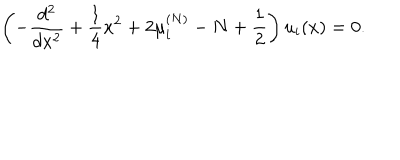
\left( - { \frac { d ^ { 2 } } { d x ^ { 2 } } } + { \frac { 1 } { 4 } } x ^ { 2 } + 2 \mu _ { i } ^ { ( N ) } - N + { \frac { 1 } { 2 } } \right) u _ { i } ( x ) = 0 .